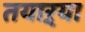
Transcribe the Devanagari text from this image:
तयाऱ्या